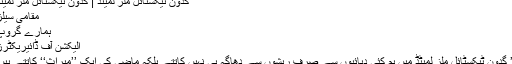
گدون ٹیکسٹائل ملز لمیٹڈ | گدون ٹیکسٹائل ملز لمیٹڈ
مقامی سیلز
ہمارے گروپ
الیکشن آف ڈائیریکٹرز
’’ گدون ٹیکسٹائل ملز لمیٹڈ میں ہم کئی دہائیوں سے صرف ریشوں سے دھاگہ ہی نہیں کاتتے بلکہ ماضی کی ایک ’’میراث‘‘ کاتتے ہیں۔